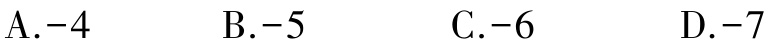
A.$-4$  B.$-5$  C.$-6$  D.$-7$